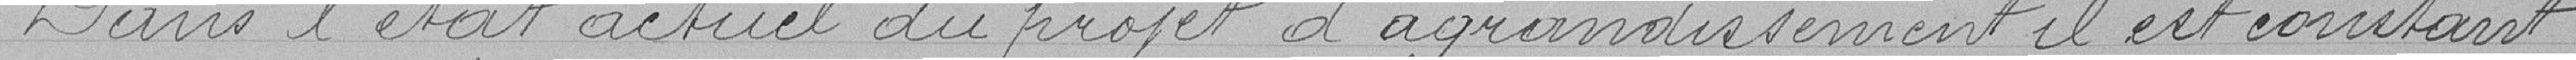
Dans l'état actuel du projet d'agrandissement il est constant,